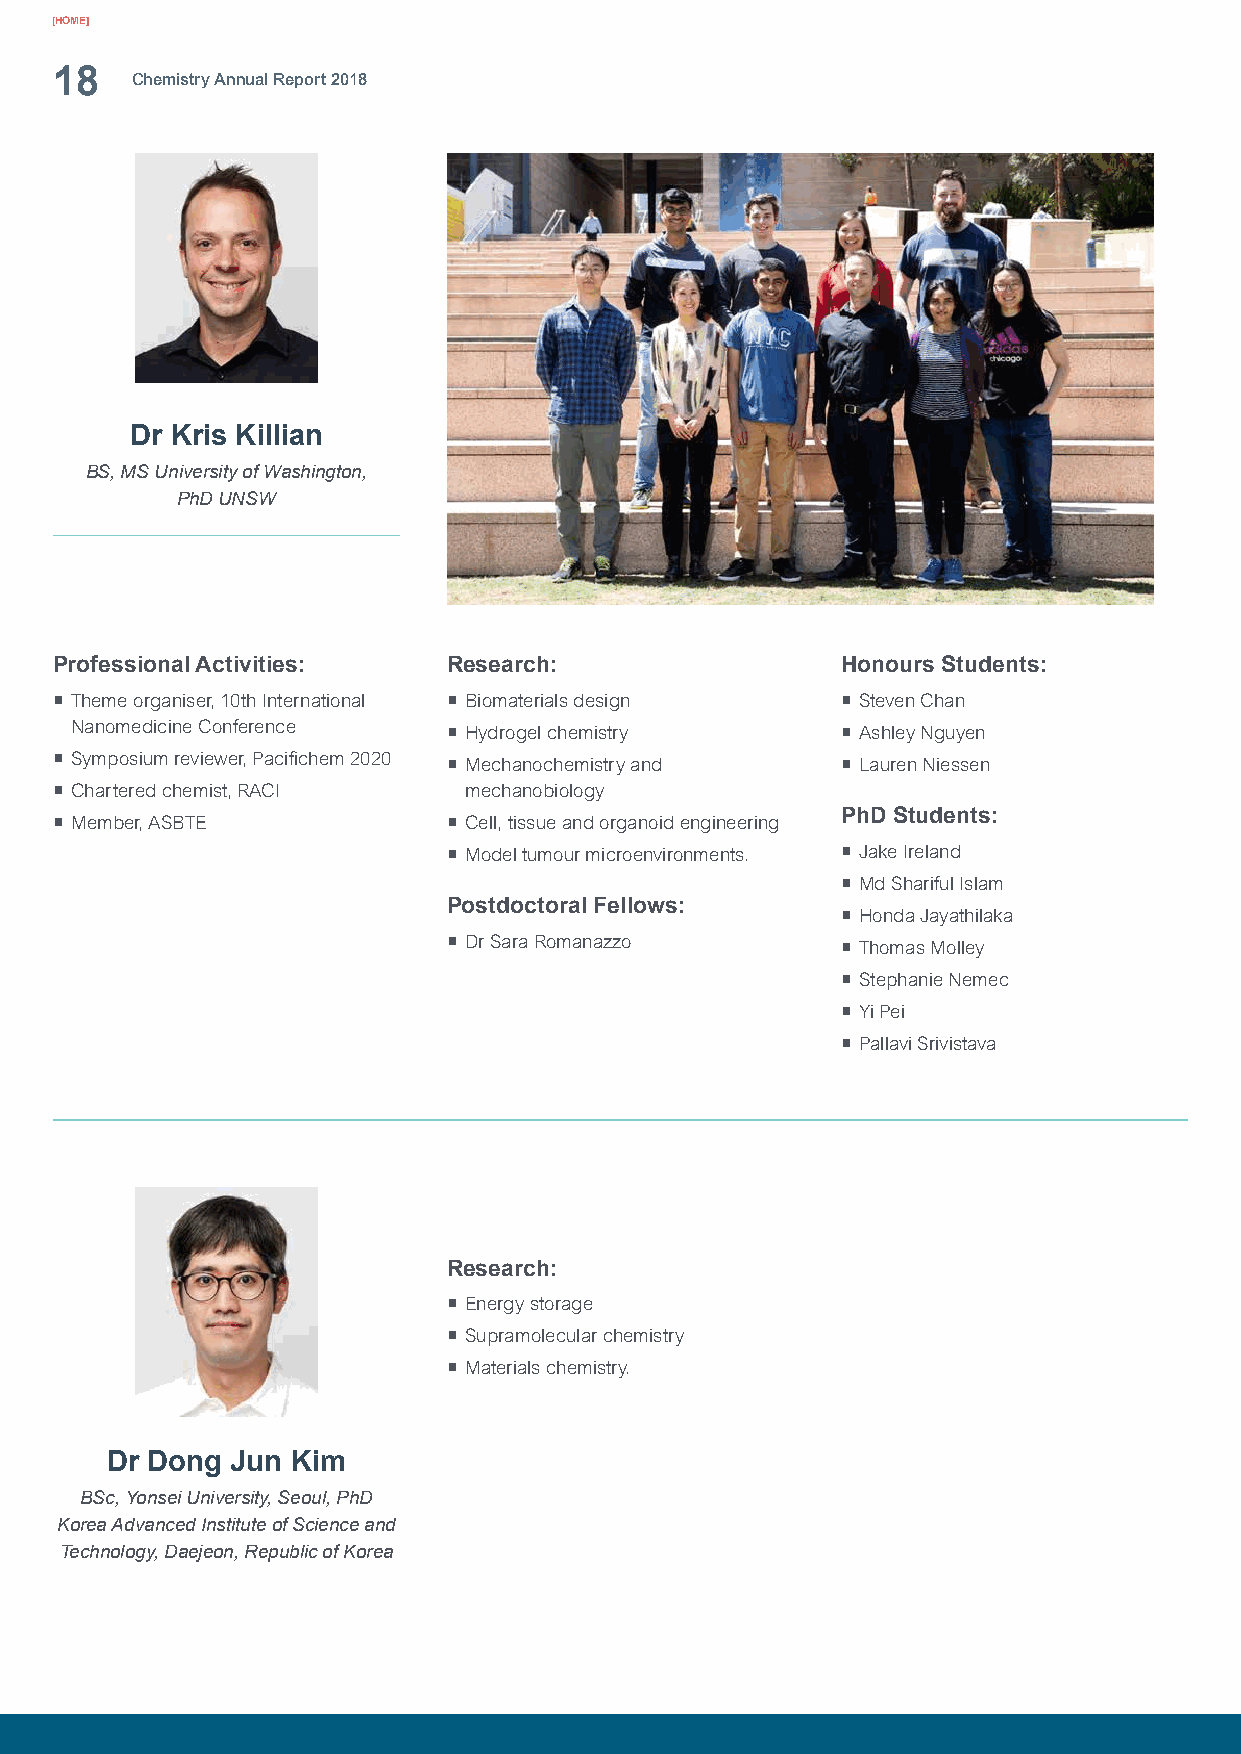
[HOME]
 18
 Chemistry Annual Report 2018
 Dr Kris Killian
 BS, MS University of Washington,
 PhD UNSW
 Professional Activities:  Research:                 Honours Students:
 ¡ Theme organiser, 10th International ¡ Biomaterials design ¡ Steven Chan
 Nanomedicine Conference  ¡ Hydrogel chemistry      ¡ Ashley Nguyen
 ¡ Symposium reviewer, Pacifichem 2020 ¡ Mechanochemistry and ¡ Lauren Niessen
 ¡ Chartered chemist, RACI  mechanobiology
 PhD Students:
 ¡ Member, ASBTE           ¡ Cell, tissue and organoid engineering
 ¡ Model tumour microenvironments. ¡ Jake Ireland
 ¡ Md Shariful Islam
 Postdoctoral Fellows:
 ¡ Honda Jayathilaka
 ¡ Dr Sara Romanazzo       ¡ Thomas Molley
 ¡ Stephanie Nemec
 ¡ Yi Pei
 ¡ Pallavi Srivistava
 Research:
 ¡ Energy storage
 ¡ Supramolecular chemistry
 ¡ Materials chemistry.
 Dr Dong Jun Kim
 BSc, Yonsei University, Seoul, PhD
 Korea Advanced Institute of Science and
 Technology, Daejeon, Republic of Korea